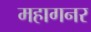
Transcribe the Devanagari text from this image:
महागनर